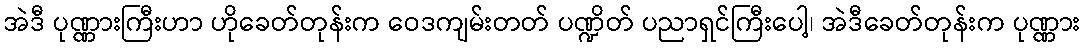
အဲဒီ ပုဏ္ဏားကြီးဟာ ဟိုခေတ်တုန်းက ဝေဒကျမ်းတတ် ပဏ္ဍိတ် ပညာရှင်ကြီးပေါ့၊ အဲဒီခေတ်တုန်းက ပုဏ္ဏား